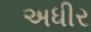
અધીર